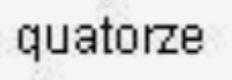
quatorze